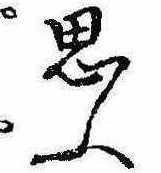
思ふ